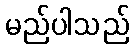
မည်ပါသည်